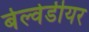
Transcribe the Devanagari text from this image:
बेल्वेडीयर